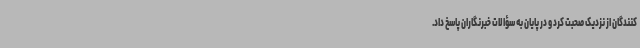
‌کنندگان از نزدیک صحبت کرد و در پایان به سؤالات خبرنگاران پاسخ داد.